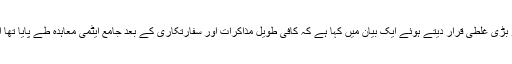
سابق امریکی صدر نے ڈونالڈ ٹرمپ کے ایٹمی معاہدے سے نکلنے کے فیصلے کو بڑی غلطی قرار دیتے ہوئے ایک بیان میں کہا ہے کہ کافی طویل مذاکرات اور سفارتکاری کے بعد جامع ایٹمی معاہدہ طے پایا تھا اور اب معاہدے سے نکلنے کا مطلب اپنے قریبی ترین اتحادیوں سے منہ موڑنا ہے۔